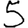
Digit: 5